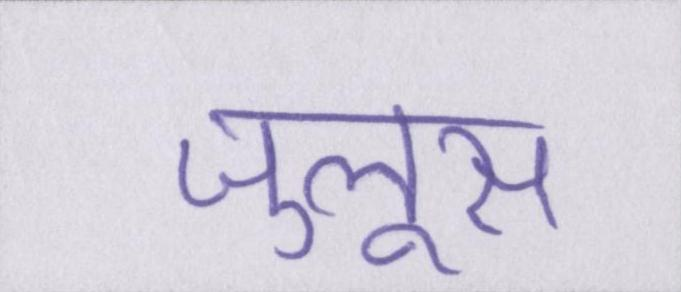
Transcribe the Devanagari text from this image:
जुलूस